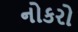
નોકરો